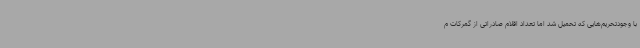
با وجودتحریم‌هایی که تحمیل شد اما تعداد اقلام صادراتی از گمرکات م